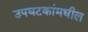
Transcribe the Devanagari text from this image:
उपघटकांमधील